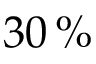
3 0 \, \%